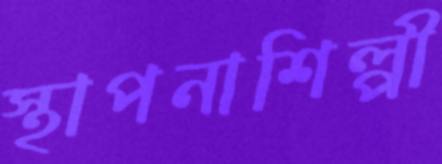
স্থাপনাশিল্পী